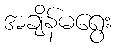
အချိန်မရွေး